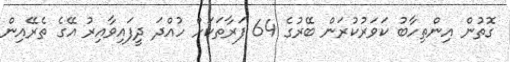
ގޮތުން އިންތިހާބު ކަވަރުކުރަން ބޭރުގެ 64 ފަރާތަކަށް ހުއްދަ ދީފައިވާއިރު އޭގެ ތެރޭއިން